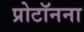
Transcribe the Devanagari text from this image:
प्रोटॉनना